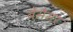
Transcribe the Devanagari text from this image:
बेंसेमर